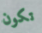
تكون